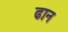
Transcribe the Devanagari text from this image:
ढान